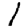
Digit: 1